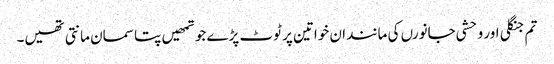
تم جنگلی اور وحشی جانورں کی مانند ان خواتین پر ٹوٹ پڑے جو تمھیں پتا سمان مانتی تھیں۔